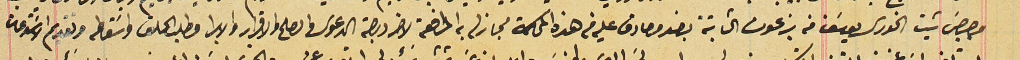
وجرجسَ شيت الخورى يوسَف من بزعون الثابتة بسند مصادق عليه فى هذه المحكمة مجاز له به المرافعة لاخر درجة الدعوى فى الصلح والاقرار والابرار وطلب الحلف واسَقاط وتقديم الاسَتدعات